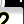
Digit: 2